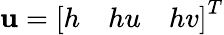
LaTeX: \mathbf u=\left[\begin{array}{lll}{h}&{hu}&{hv}\end{array}\right]^{T}